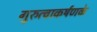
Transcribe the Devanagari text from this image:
गुरुत्वाकर्षणके